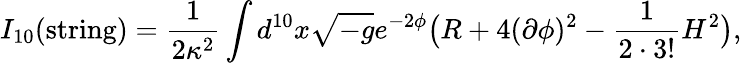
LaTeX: {I_{10}(\mathrm{string})={\frac{1}{2\kappa^{2}}}\int d^{10}x\sqrt{-g}e^{-2\phi}\big(R+4(\partial\phi)^{2}-{\frac{1}{2\cdot 3!}}H^{2}\big),}